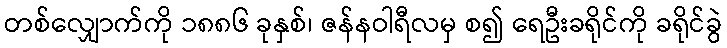
တစ်လျှောက်ကို ၁၈၈၆ ခုနှစ်၊ ဇန်နဝါရီလမှ စ၍ ရေဦးခရိုင်ကို ခရိုင်ခွဲ